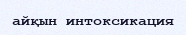
айқын интоксикация